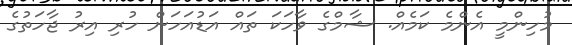
މުހިންމީ އެންމެ ކަމެއް. ޝާމްގެ ވާހަކަ ތައް އަޑުއަހަން ހުރި އިރު ޖާހަތުގެ